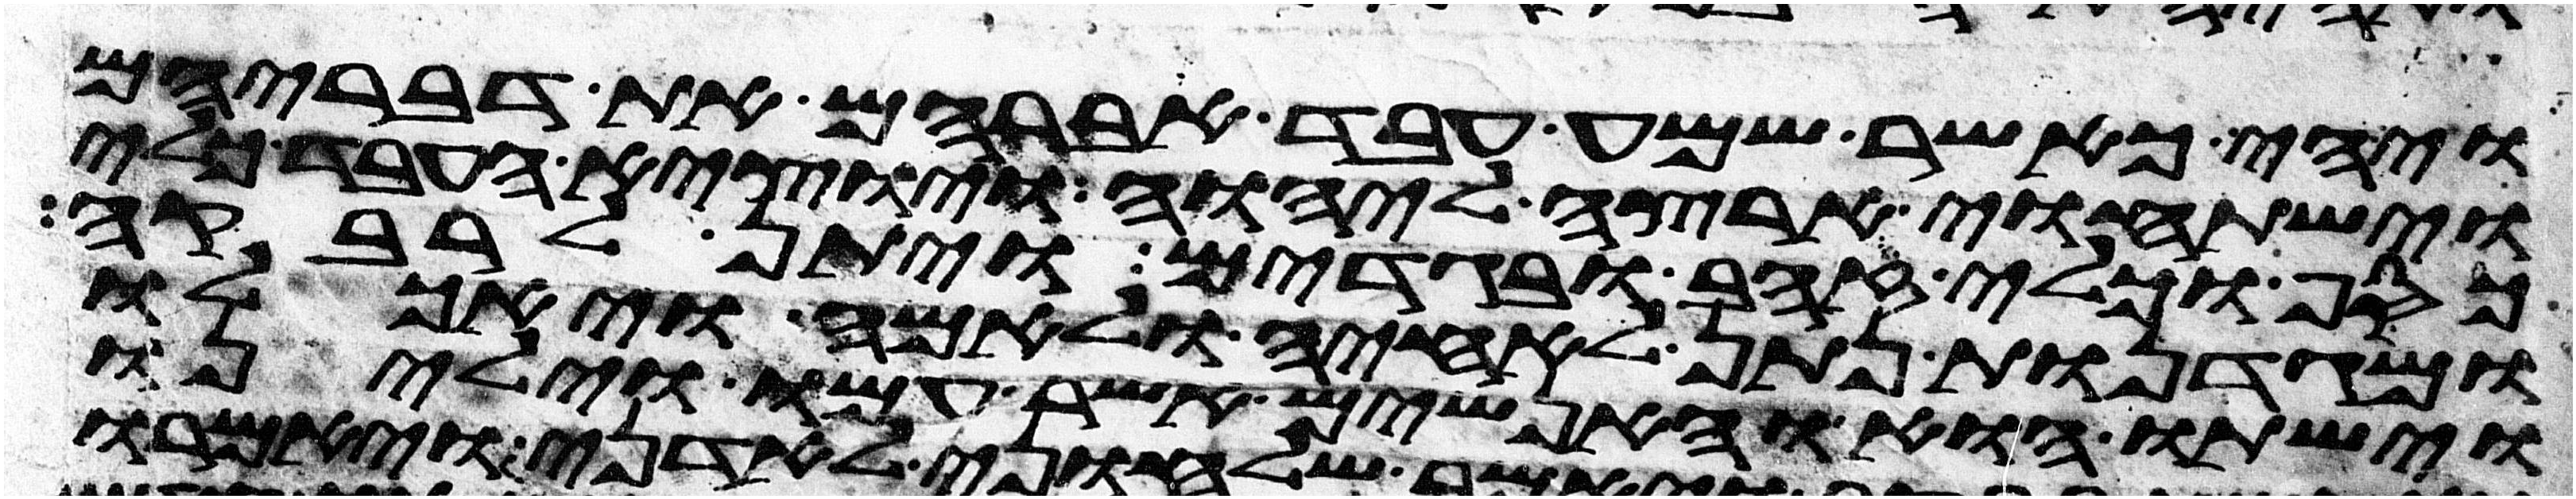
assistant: ויהי כאשר שמע עבד אברהם את דבריהם
וישתחוי ארצה ליהוה ויוצא העבד כלי
כסף וכלי זהב ובגדים ויתן לרבקה
ומגדנות נתן לאחיה ולאמה ויאכלו
וישתו הוא והאנשים אשר עמו וילינו